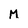
Character: M